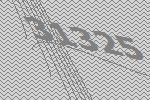
31325